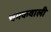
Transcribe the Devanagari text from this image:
चमकवाली